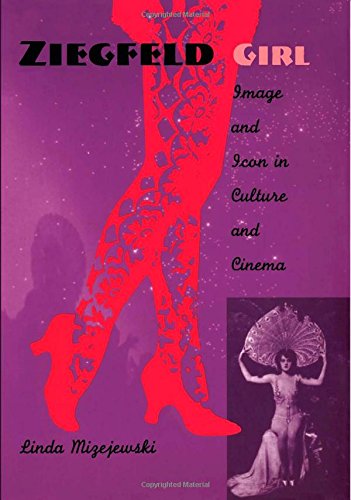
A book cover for Ziegfeld Girl: Image and Icon in Culture and Cinema; Linda Mizejewski; Literature & Fiction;